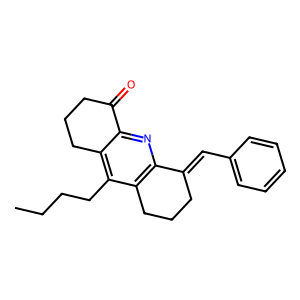
SMILES: CCCCc1c2c(nc3c1CCCC3=Cc1ccccc1)C(=O)CCC2
Inhibits HIV replication: No